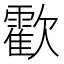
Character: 㱋